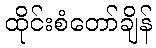
ထိုင်းစံတော်ချိန်